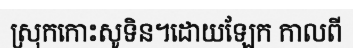
ស្រុកកោះសូទិន។ដោយឡែក កាលពី